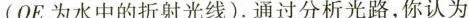
(OE为水中的折射光线)。通过分析光路，你认为